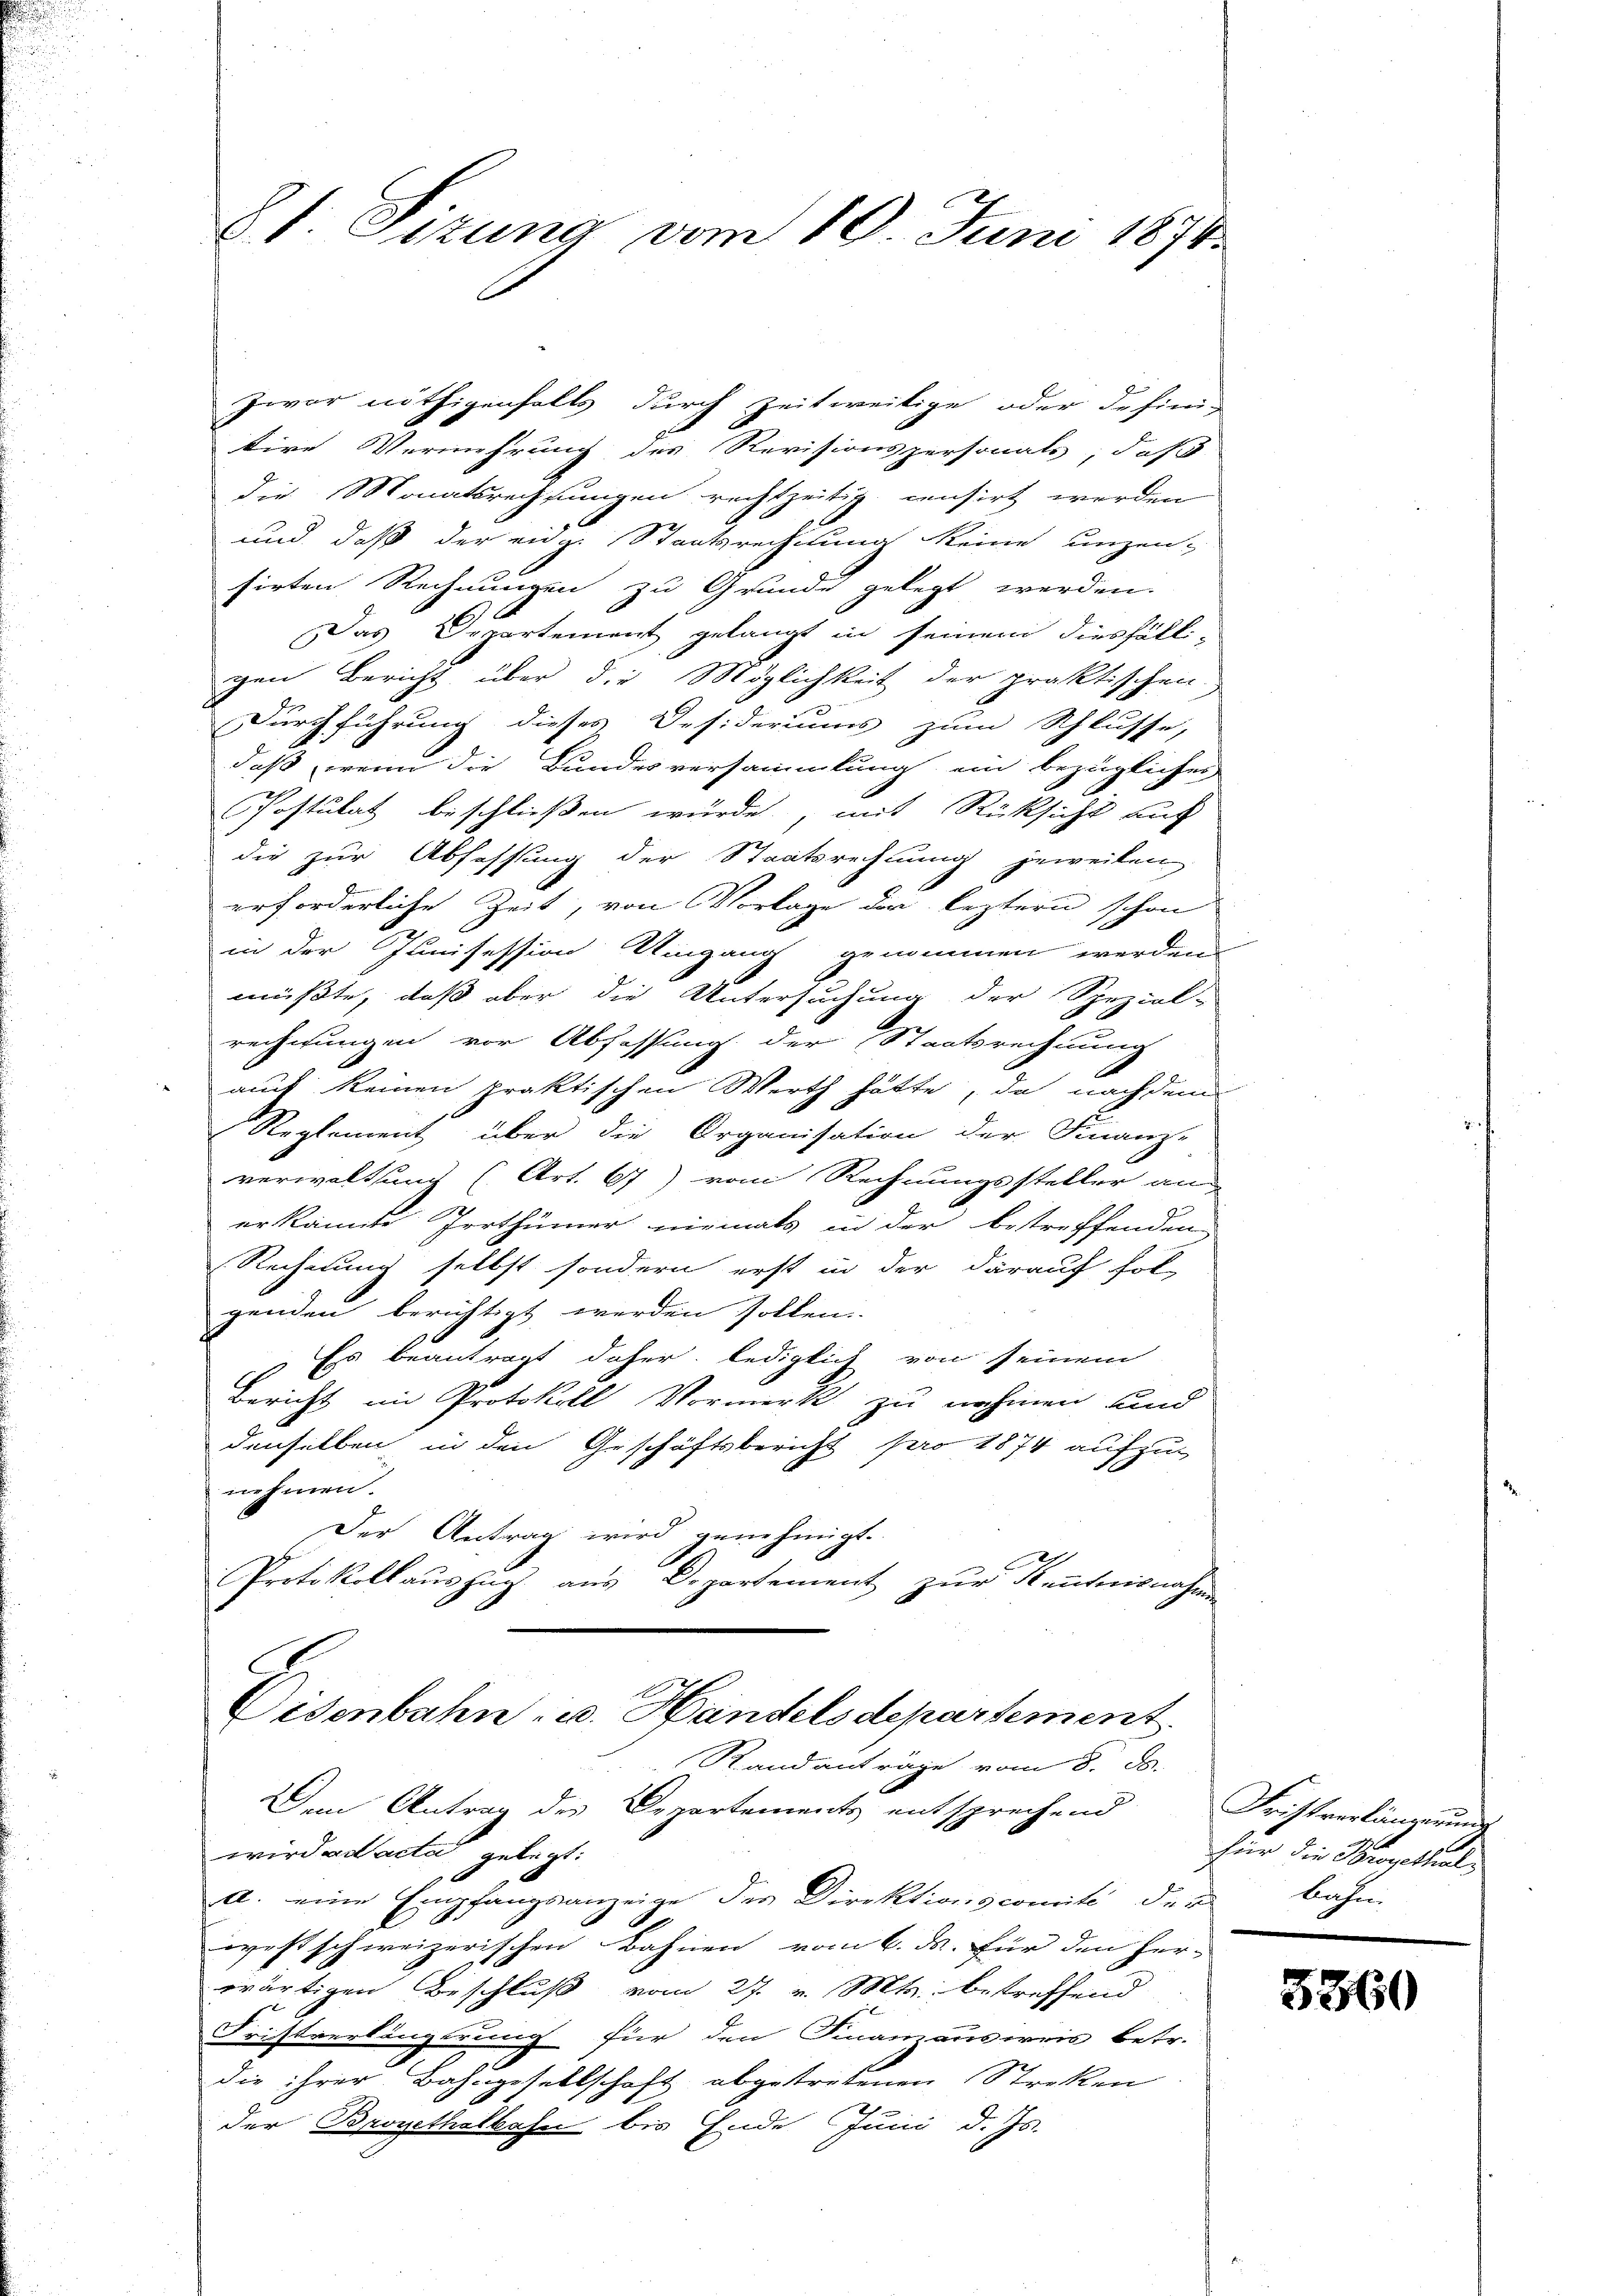
8t. Eitung vom 10. Juni 1874.

tive Vermehrung des Revisionspersonals, daß
die Monatsrechnungen rechtzeitig censirt werden
und daß der eidg. Staatsrechnung keine unzen-
sirten Rechnungen zu Grunde gelegt werden.
Das Departement gelangt in seinem diesfälligen Bericht über die Möglichkeit der praktischen
Durchführung dieses Desideriums zum Schlusse,
daß wenn die Bundesversammlung ein bezügliches
Postulat beschliessen würde, mit Rücksicht auf
die zur Abfassung der Staatsrechnung jeweilen,
erforderliche Zeit, von Vorlage der leztern schon
in der Junisession Umgang genommen werden
müßte, daß aber die Untersuchung der Spezial-
rechnungen vor Abfassung der (Staatsrechnung
auch keinen praktischen Werth hätte, da nachdem
Reglement über die Organisation der Finanz-
verwaltsam) (Art. 67) vom Rechnungssteller an
er kannte Irrthümer niemals in der betreffenden
Rechnung selbst sondern erst in der darauf fol-
genden berichtigt werden sollen.
Es beantragt daher, lediglich von seinem
Bericht im Protokoll Vormerk zu nehmen und
denselben in den Geschäftsbericht pro 1874 aufzu-
nehmen.
Der Antrag wird genehmigt.
Protokollaŭszŭg aŭs Departement zŭr Kentnisnahmen

zwar nöthigenfalls durch Zeit weitige oder defini¬

Disenbahn- u. Handelsdepartement.
Randanträge vom 8. ds.

Dem Antrag des Departements entsprechend
wird ad acta gelegt:
a. eine Empfangsanzeige der Direktionscomité der bahn-
westschweizerischen Bahnen vom 6. ds. für den Her-
wärtigen Beschluß vom 27. v. Mts. betreffend
Fristverlängerung für den Finanzausweis betr.
die ihrer Bahngesellschaft abgetretenen Streken
der Brogethalbahn bis Ende Juni d. Js.

Fristverlängerunge
für die Strapathiel¬

3360